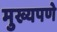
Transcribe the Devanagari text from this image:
मुख्यपणे